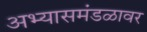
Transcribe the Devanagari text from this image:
अभ्यासमंडळावर